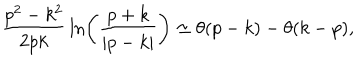
{ \frac { p ^ { 2 } - k ^ { 2 } } { 2 p k } } \ln \left( { \frac { p + k } { \left| p - k \right| } } \right) \simeq \theta ( p - k ) - \theta ( k - p ) ,